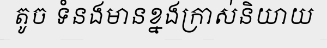
តូច ទំនងមានខ្នងក្រាស់និយាយ